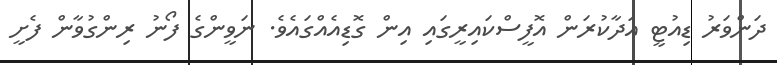
ދަންވަރު ޑިއުޓީ އަދާކުރަން އޮފީސްކައިރީގައި އިން ގޮޑިއެއްގައެވެ. ނަވީންގެ ފޯނު ރިންގުވާން ފެށީ